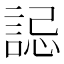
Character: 誋